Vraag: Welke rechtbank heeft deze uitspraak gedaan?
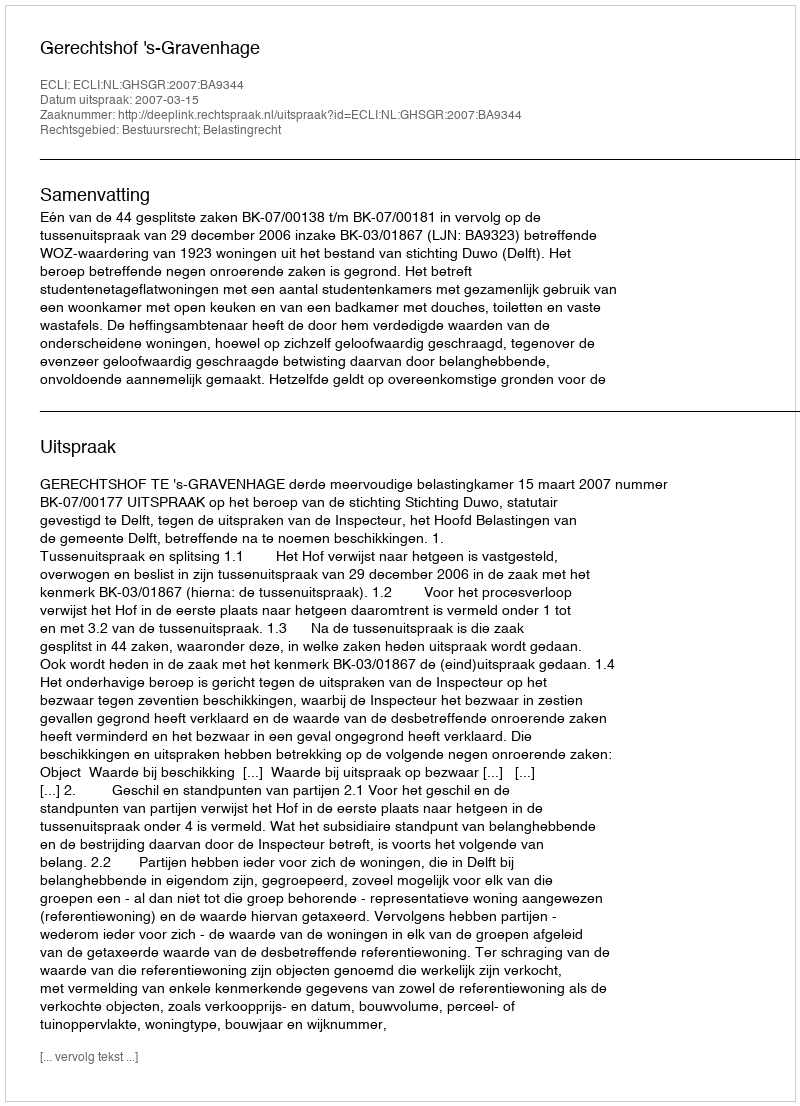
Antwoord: Gerechtshof 's-Gravenhage